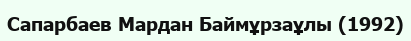
Сапарбаев Мардан Баймұрзаұлы (1992)